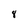
Character: 8